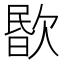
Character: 𣣤